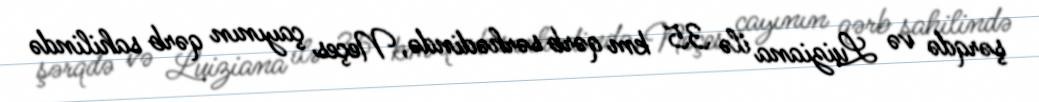
şərqdə və Luiziana ilə 35 km qərb sərhədində, Neçes çayının qərb sahilində